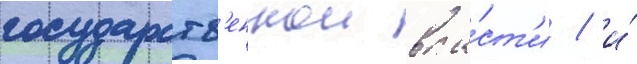
государств'еннои вла́ст'и / и́